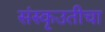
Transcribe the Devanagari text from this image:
संस्कृउतीचा